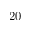
2 0